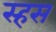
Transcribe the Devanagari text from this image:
स्हस